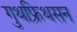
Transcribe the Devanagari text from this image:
गुथफ्रिथसन